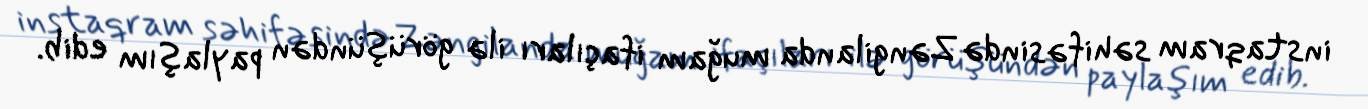
instaqram səhifəsində Zəngilanda muğam ifaçıları ilə görüşündən paylaşım edib.